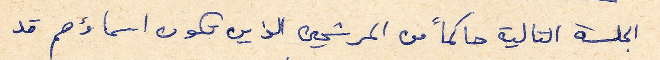
الجلسة التالية حاكماً من المرشحين الذين تكون اسماؤهم قد